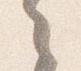
之